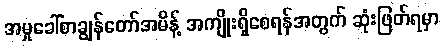
အမှုခေါ်စာချွန်တော်အမိန့် အကျိုးရှိစေရန်အတွက် ဆုံးဖြတ်ရမှာ